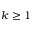
k \geq 1